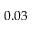
0 . 0 3